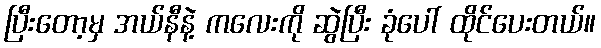
ပြီးတော့မှ အယ်နီနဲ့ ကလေးကို ဆွဲပြီး ခုံပေါ် ထိုင်ပေးတယ်။